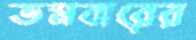
তমবারের